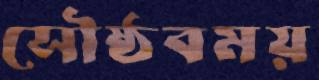
সৌষ্ঠবময়